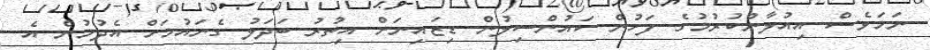
ނަމަވެސް އިއުލާންކުރުމުގެ ފަހުން ކައުންސިލުން ޑިޒައިނަށް އިތުރު ބަދަލު ގެނައުމަށް އެދުމުން އެ